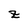
Character: z